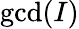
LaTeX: \gcd(I)